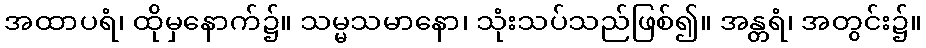
အထာပရံ၊ ထိုမှနောက်၌။ သမ္မသမာနော၊ သုံးသပ်သည်ဖြစ်၍။ အန္တရံ၊ အတွင်း၌။